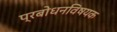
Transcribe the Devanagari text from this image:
प्रबोधनविषयक